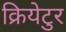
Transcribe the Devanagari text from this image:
क्रियेटुर